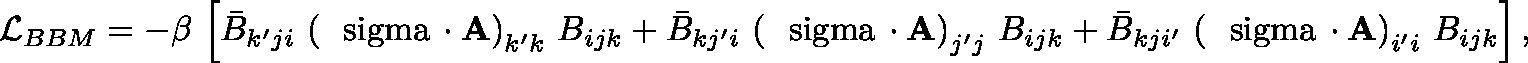
{ \cal L } _ { B B M } = - \beta \, \left[ \bar { B } _ { k ^ { \prime } j i } \, \left( \mathrm { \boldmath ~ \ s i g m a ~ } \! \cdot { \bf A } \right) _ { k ^ { \prime } k } \, B _ { i j k } + \bar { B } _ { k j ^ { \prime } i } \, \left( \mathrm { \boldmath ~ \ s i g m a ~ } \! \cdot { \bf A } \right) _ { j ^ { \prime } j } \, B _ { i j k } + \bar { B } _ { k j i ^ { \prime } } \, \left( \mathrm { \boldmath ~ \ s i g m a ~ } \! \cdot { \bf A } \right) _ { i ^ { \prime } i } \, B _ { i j k } \right] ,